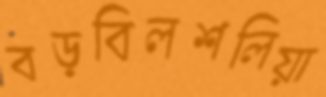
বড়বিলশলিয়া